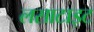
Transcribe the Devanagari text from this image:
लसाटाइट